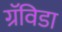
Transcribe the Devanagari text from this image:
ग्रॅविडा